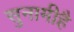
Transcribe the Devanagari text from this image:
सुनामीहै